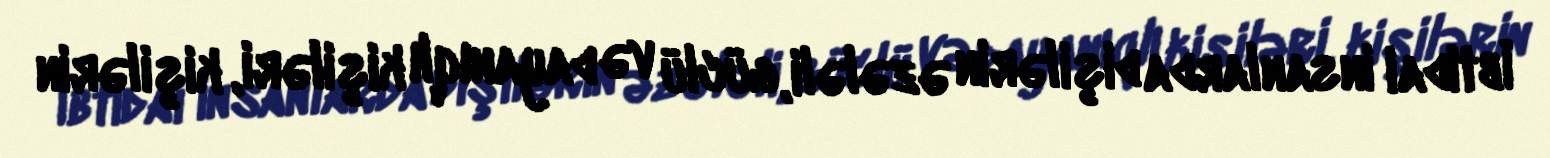
İbtidai insanlarda dişilərin əzələli, güclü və dayanıqlı kişiləri, kişilərin